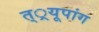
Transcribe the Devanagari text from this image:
त््रयूपांग